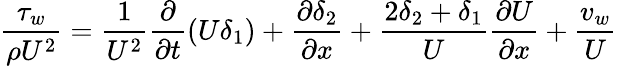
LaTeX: {\frac{\tau_{w}}{\rho U^{2}}}={\frac{1}{U^{2}}}{\frac{\partial}{\partial t}}(U\delta_{1})+{\frac{\partial\delta_{2}}{\partial x}}+{\frac{2\delta_{2}+\delta_{1}}{U}}{\frac{\partial U}{\partial x}}+{\frac{v_{w}}{U}}